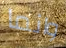
وانما